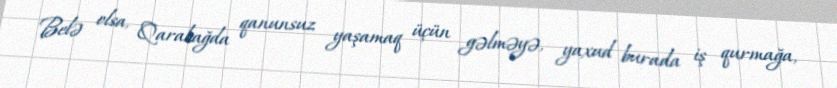
Belə olsa, Qarabağda qanunsuz yaşamaq üçün gəlməyə, yaxud burada iş qurmağa,